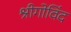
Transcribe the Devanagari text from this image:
श्रीगोविंद